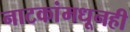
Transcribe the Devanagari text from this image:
नाटकांमधूनही